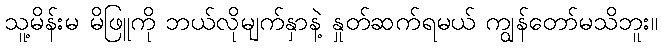
သူ့မိန်းမ မိဖြူကို ဘယ်လိုမျက်နှာနဲ့ နှုတ်ဆက်ရမယ် ကျွန်တော်မသိဘူး။